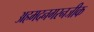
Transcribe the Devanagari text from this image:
अहमदनगरनजीक